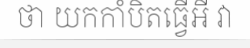
ថា យកកាំបិតធ្វើអី វា